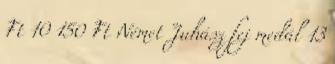
Ft 10 150 Ft Német Juhász fej medál 13